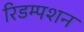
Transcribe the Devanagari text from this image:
रिडम्‍पशन